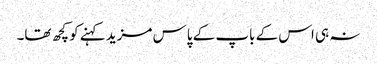
نہ ہی اس کے باپ کے پاس مزید کہنے کو کچھ تھا۔